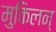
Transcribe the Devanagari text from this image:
मुकिलन्